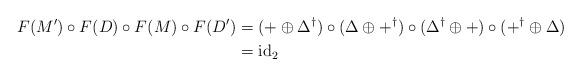
LaTeX: \begin{align*} F(M') \circ F(D)\circ F(M)\circ F(D') &=( + \oplus \Delta^{\dagger})\circ ( \Delta \oplus +^{\dagger}) \circ (\Delta^{\dagger} \oplus +) \circ ( +^{\dagger} \oplus \Delta) \\ &= \mathrm{id}_2\end{align*}